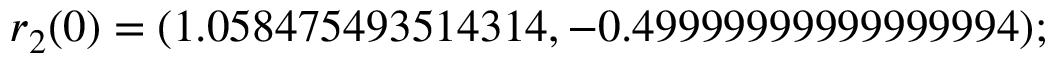
\boldsymbol { r } _ { 2 } ( 0 ) = ( 1 . 0 5 8 4 7 5 4 9 3 5 1 4 3 1 4 , - 0 . 4 9 9 9 9 9 9 9 9 9 9 9 9 9 9 9 4 ) ;